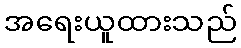
အရေးယူထားသည်